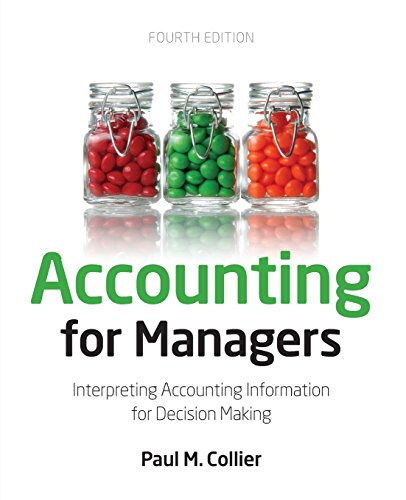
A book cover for Accounting For Managers: Interpreting Accounting Information for Decision-Making; Paul M. Collier; Business & Money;